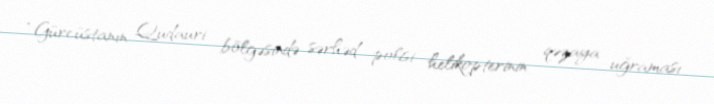
“Gürcüstanın Qudauri bölgəsində sərhəd polisi helikopterinin qəzaya uğraması